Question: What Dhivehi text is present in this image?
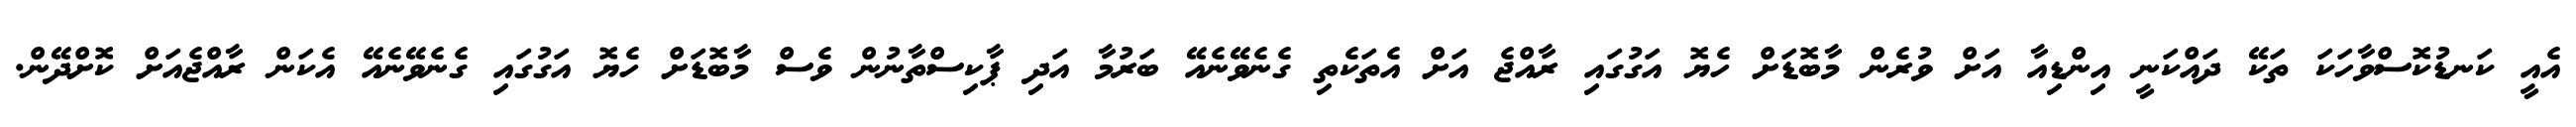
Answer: އެއީ ކަނޑުކޮސްވާހަކަ ތަކޭ ދައްކަނީ އިންޑިއާ އަށް ވުރެން މާބޮޑަށް ހެޔޮ އަގުގައި ރާއްޖެ އަށް އެތަކެތި ގެނެވޭނެއޭ ބަރުމާ އަދި ޕާކިސްތާނުން ވެސް މާބޮޑަށް ހެޔޮ އަގުގައި ގެނެވޭނެއޭ އެކަން ރާއްޖެއަށް ކޮށްދޭން.